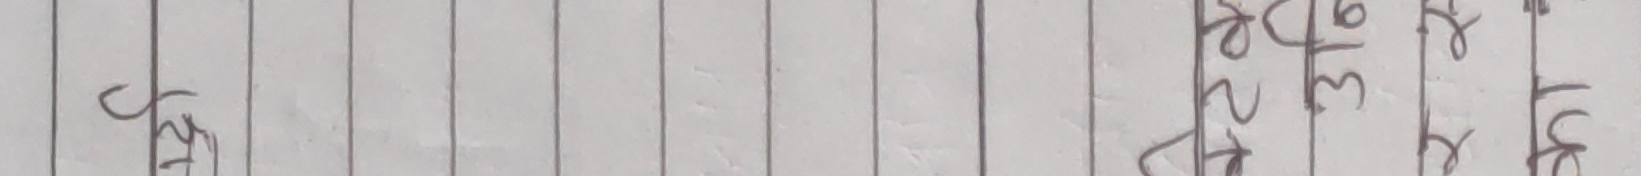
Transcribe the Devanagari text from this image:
कृ.